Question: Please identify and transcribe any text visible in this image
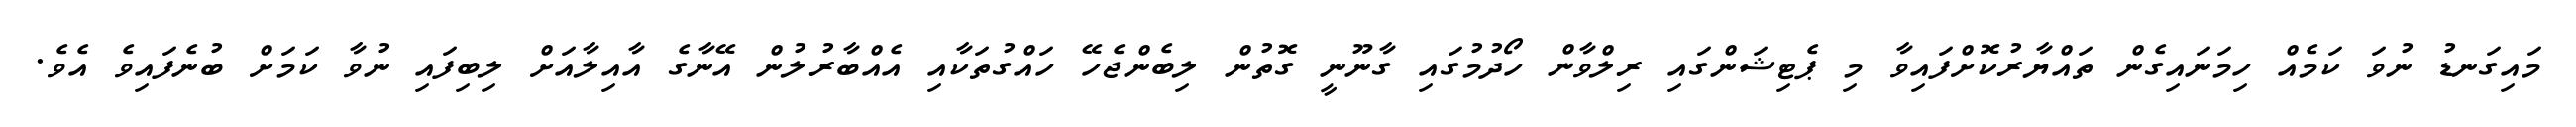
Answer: މައިގަނޑު ނުވަ ކަމެއް ހިމަނައިގެން ތައްޔާރުކޮށްފައިވާ މި ޕެޓިޝަންގައި ރިލްވާން ހޯދުމުގައި ގާނޫނީ ގޮތުން ލިބެންޖެހޭ ހައްގުތަކާއި އެއްބާރުލުން އޭނާގެ އާއިލާއަށް ލިބިފައި ނުވާ ކަމަށް ބުނެފައިވެ އެވެ.